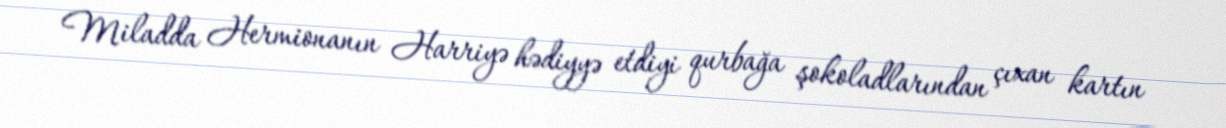
Miladda Hermionanın Harriyə hədiyyə etdiyi qurbağa şokoladlarından çıxan kartın